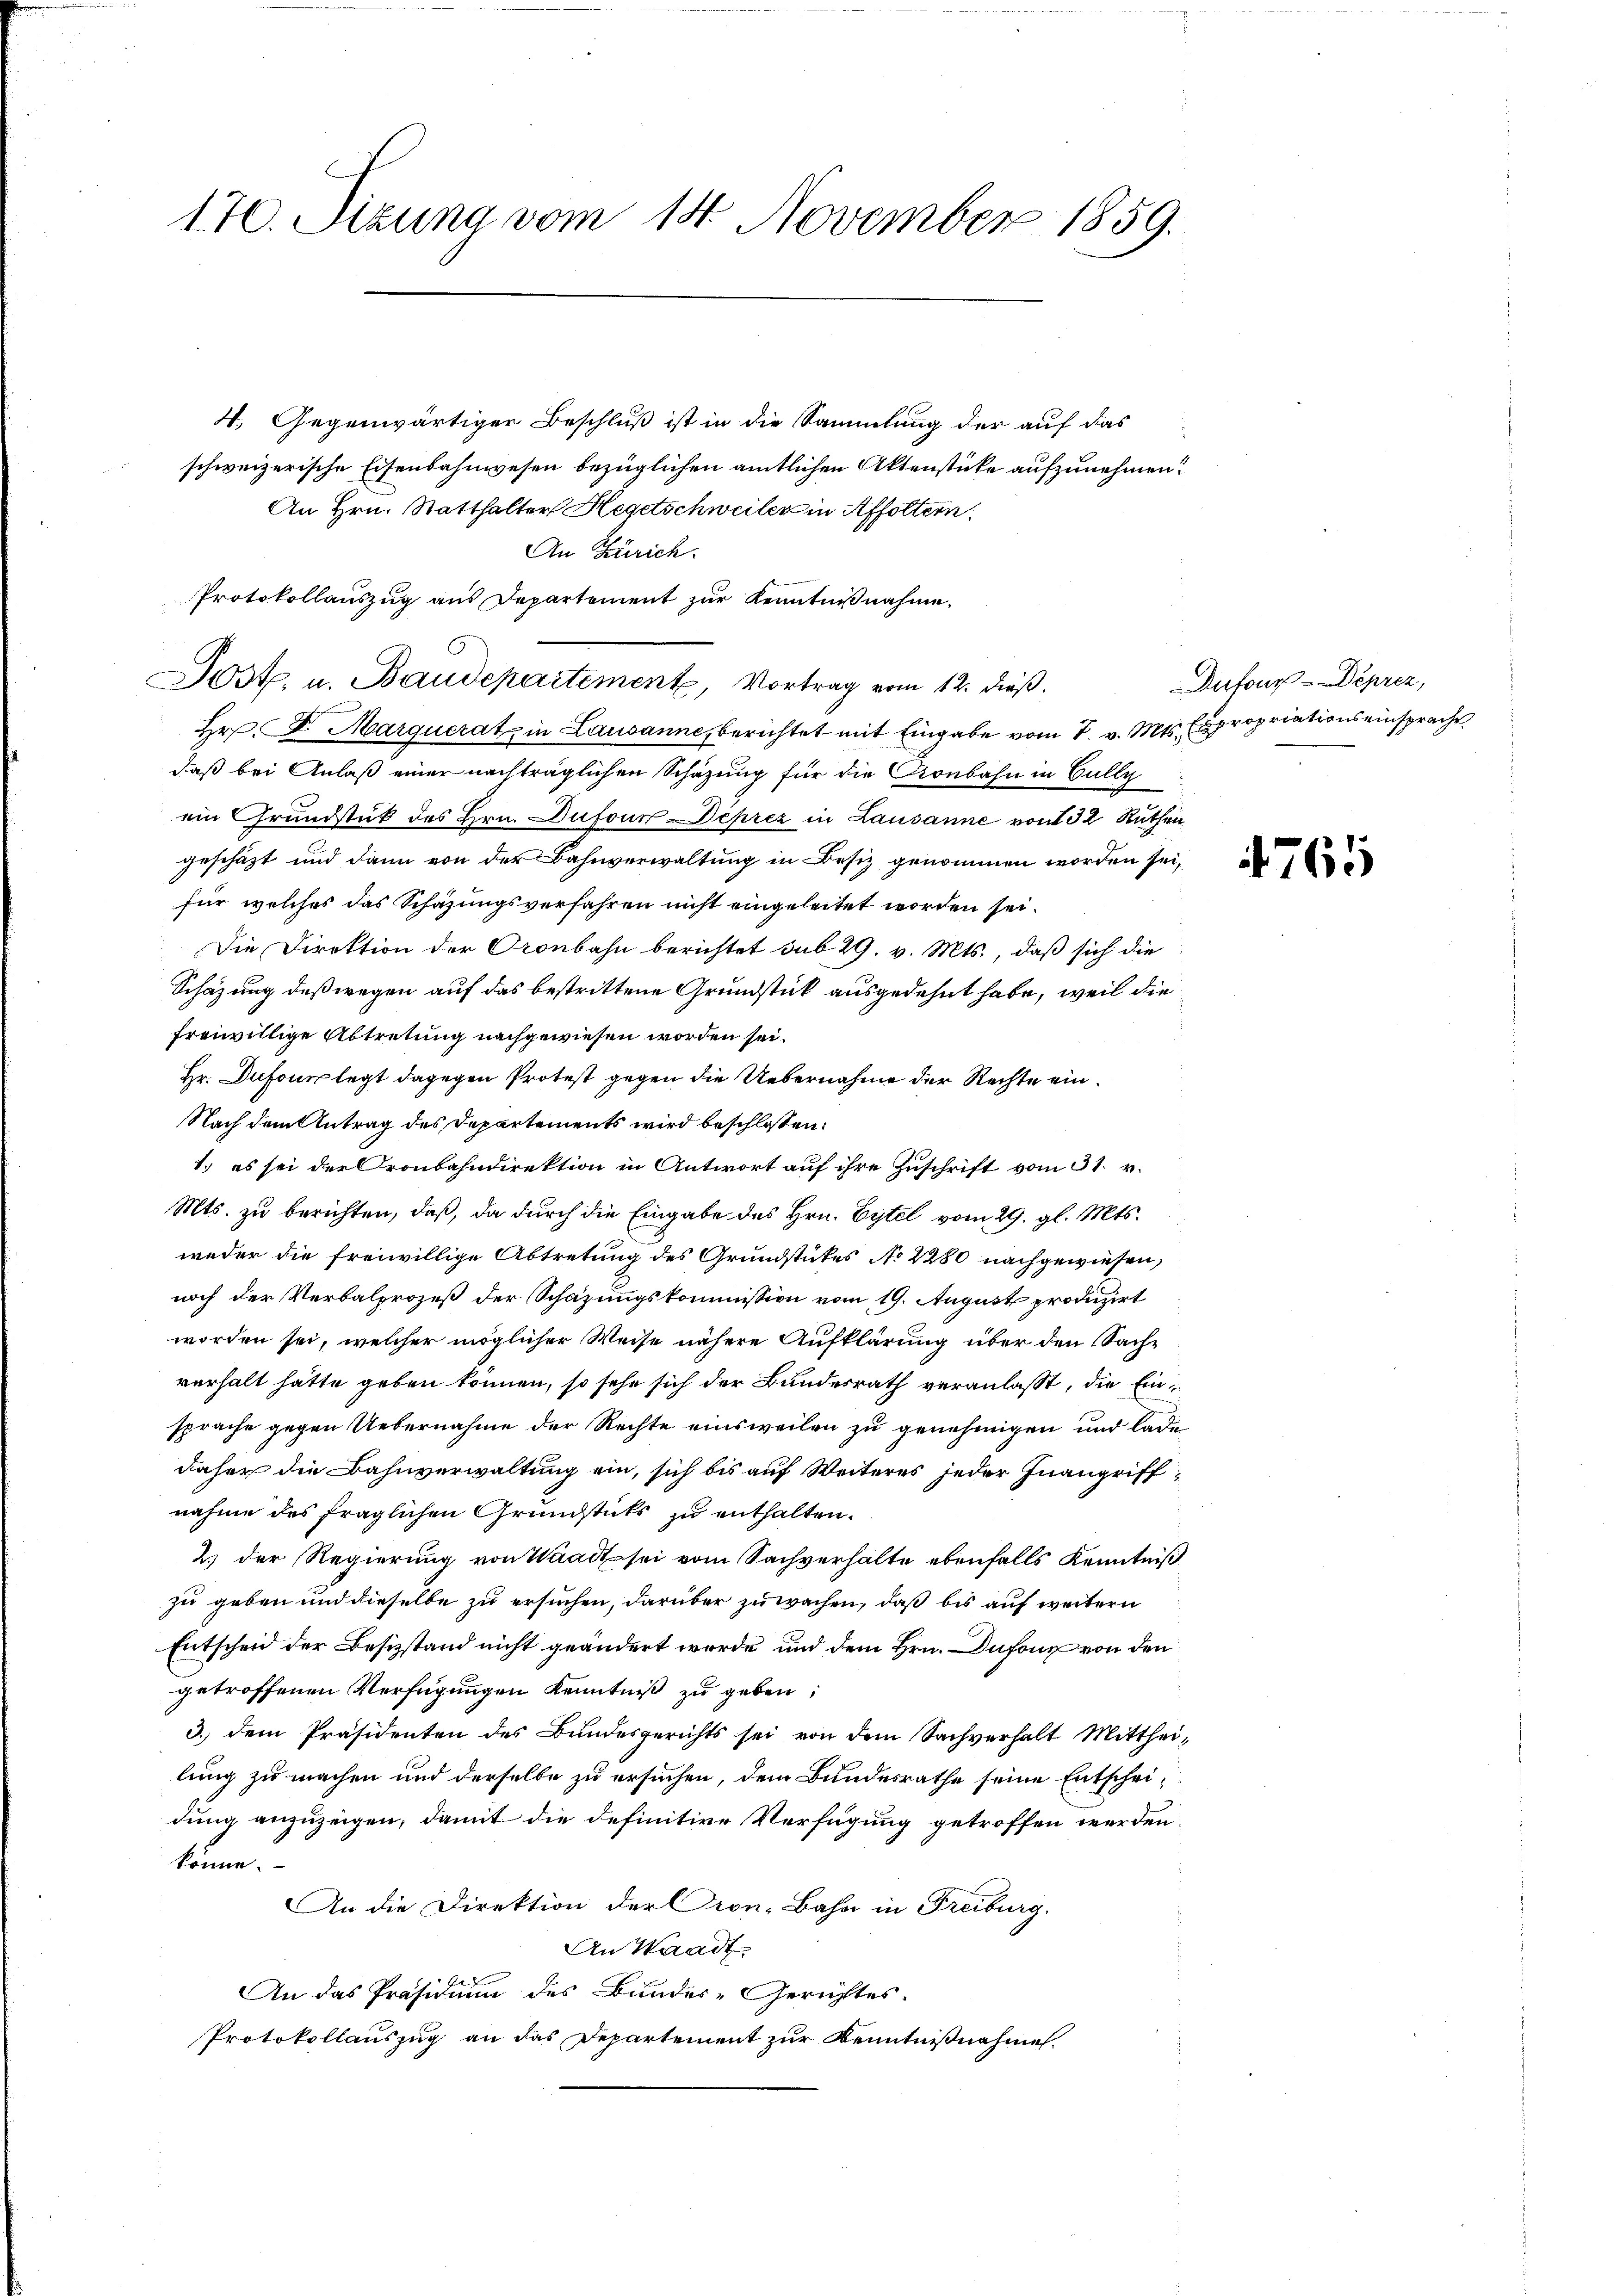
170. Sizung vom 14. November 1859.

4. Gegenwärtiger Beschluß ist in die Sammlung der auf das
schweizerische Eisenbahnwesen bezüglichen amtlichen Aktenstücke aufzunehmen?
An Hrn. Statthalter Hegetschweiler in Affoltern.
An Zürich.
Protokollauszug aus Departement zur Kenntnißnahme.
Hr. St. Marquerat in Lausanne, berichtet mit Eingabe vom 7. v. Mts. Expropriationseinsprache
daß bei Anlaß einer nachträglichen Schazung für die Kronbahn in Gully
ein Grundstück des Hrn. Dufour Deprez in Lausanne von 32 Ruthen
geschäft und dann von der Bahnverwaltung in Besiz genommen worden sei,
für welches das Schazungsverfahren nicht eingeleitet worden sei.
Die Direktion der Oronbahn berichtet sub 29. v. Mts., daß sich die
Schazung deßwegen auf das bestrittene Grundstück ausgedehnt habe, weil die
freiwillige Abtretung nachgewiesen worden sei.
Hr. Dufour legt dagegen Protest gegen die Uebernahme der Rechte ein¬
Nach dem Antrag des Departements wird beschlossen:
1.) es sei der Cronbahndirektion in Antwort auf ihre Zuschrift vom 31. v.
Mts. zu berichten, daß, da durch die Eingabe des Hrn. Eytel vom 29. gl. Mts.
weder die freiwillige Abtretung des Grundstückes No 2280 nachgewiesen,
noch der Verbalprozeß der Schazungskommission vom 19. August produzirt
worden sei, welcher möglicher Weise nähere Aufklärung über den Sachverhalt hätte geben können, so sehe sich der Bundesrath veranlaßt, die Einsprache gegen Uebernahme der Rechte einsweilen zu genehmigen und lade
daher die Bahnverwaltung ein, sich bis auf Weiteres jeder Inangriffnahme des fraglichen Grundstüks zu enthalten.
2.) Der Regierung von Waadt sei vom Sachverhalte ebenfalls Kenntniß
zu geben und dieselbe zu ersuchen, darüber zuwachen, daß bis auf weitern
Entscheid der Besizstand nicht geändert werde, und dem Hrn. Dufone von den
getroffenen Verfügungen Kenntniß zu geben;
3.) Dem Präsidenten des Bundesgerichts sei von dem Sachverhalt Mittheilung zu machen und derselbe zu ersuchen, dem Bundesrathe seine Entscheidung anzuzeigen, damit die definitive Verfügung getroffen werden
könne.
An die Direktion der Cron-Bahn in Freiburg.
An Waadt.
An das Präsidium des Bunder-Gerichtes.
Protokollauszug an das Departement zur Kenntnißnahme.

Jost. u. Baudepartement, Vortrag vom 12. dieß.

Dufour-Deprez,

4765